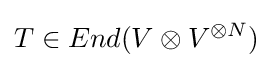
T\in End(V\otimes V^{\otimes N})